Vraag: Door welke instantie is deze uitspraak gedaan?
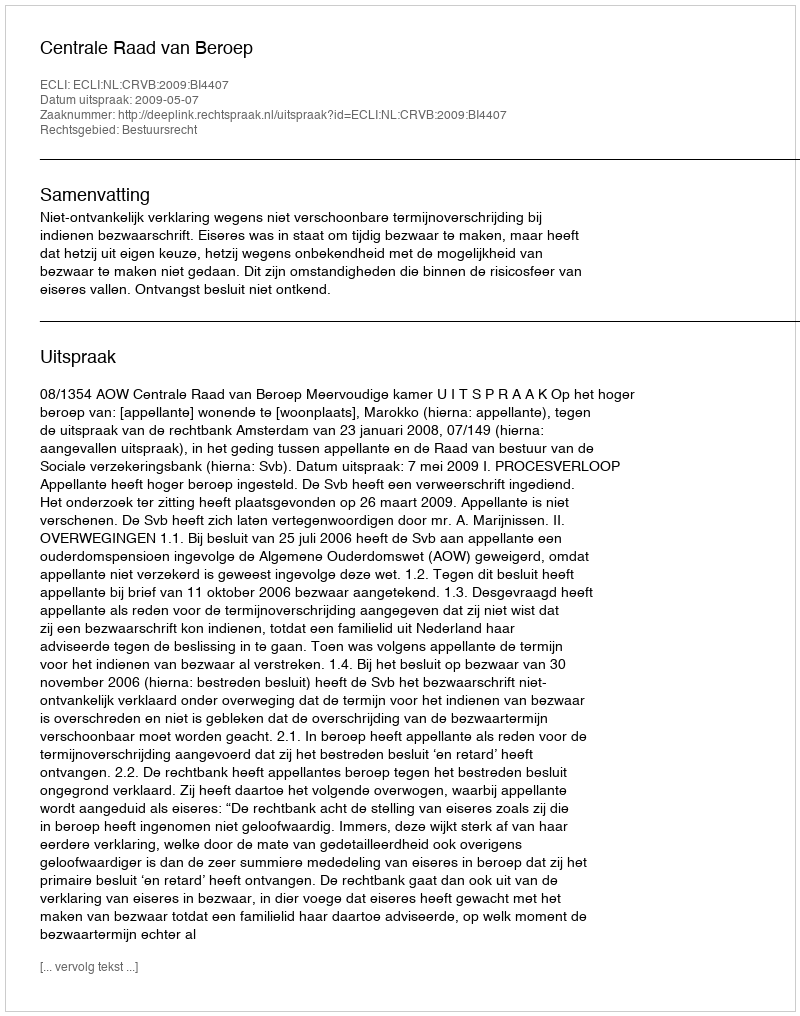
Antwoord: Centrale Raad van Beroep